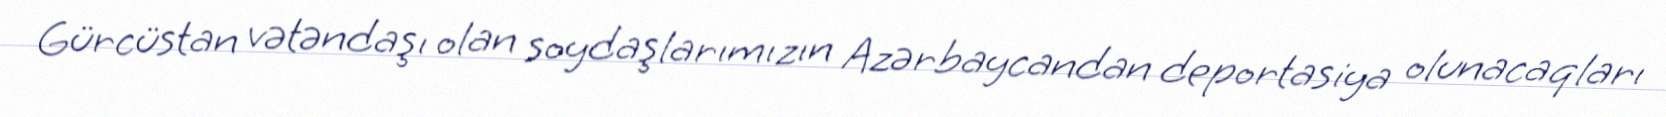
Gürcüstan vətəndaşı olan soydaşlarımızın Azərbaycandan deportasiya olunacaqları